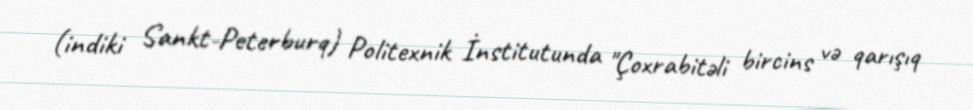
(indiki Sankt-Peterburq) Politexnik İnstitutunda "Çoxrabitəli bircins və qarışıq